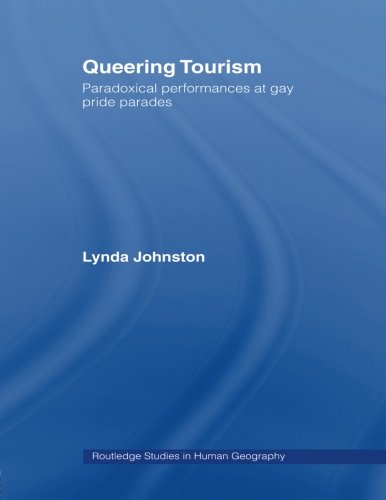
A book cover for Queering Tourism: Paradoxical Performances of Gay Pride Parades (Routledge Studies in Human Geography); Lynda Johnston; Gay & Lesbian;